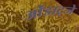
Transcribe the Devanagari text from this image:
ओंडाट्जे